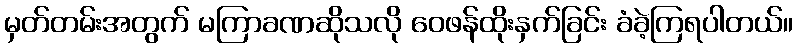
မှတ်တမ်းအတွက် မကြာခဏဆိုသလို ဝေဖန်ထိုးနှက်ခြင်း ခံခဲ့ကြရပါတယ်။